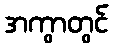
အကွာတွင်